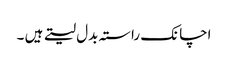
اچانک راستہ بدل لیتے ہیں ۔